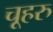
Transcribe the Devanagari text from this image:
चूहरु